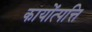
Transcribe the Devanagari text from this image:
कायोंत्पत्ति